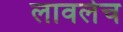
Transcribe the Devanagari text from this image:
लावलेच